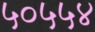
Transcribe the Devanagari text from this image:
५०५५४